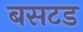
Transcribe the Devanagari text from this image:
बसटड